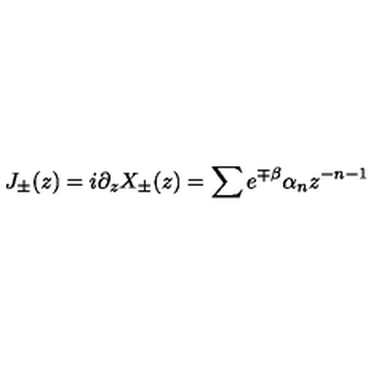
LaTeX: J _ { \pm } ( z ) = i \partial _ { z } X _ { \pm } ( z ) = \sum e ^ { \mp \beta } \alpha _ { n } z ^ { - n - 1 }